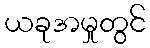
ယခုအမှုတွင်